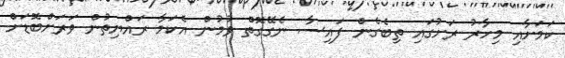
ކަމަށާއި މިހާރު ރަށުގައި ތިބެގެން ފައިސާ ނެގޭގޮތް ވުމުން އެކަމާ ރައްޔިތުން ވަރަށްބޮޑަށް